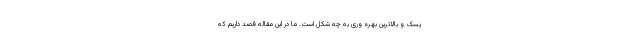
یسک و بالاترین بهره وری به چه شکل است. ما در این مقاله قصد داریم که